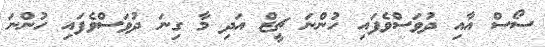
ސޯސް އާއި ދުވަސްވެފައި ހުންނަ ޗީޒް އަދި މާ ގިނަ ދުވަސްވެފައި ހުންނަ